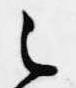
之